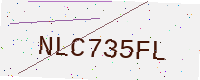
Text: NLC735FL